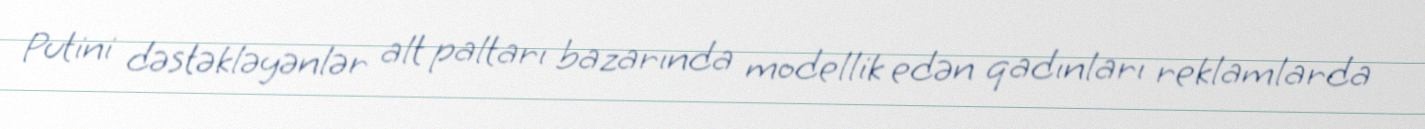
Putini dəstəkləyənlər alt paltarı bazarında modellik edən qadınları reklamlarda